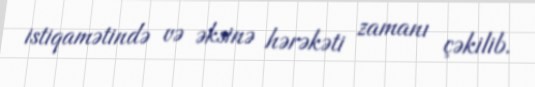
istiqamətində və əksinə hərəkəti zamanı çəkilib.